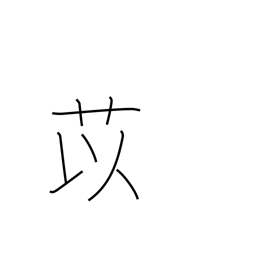
Meaning: adlay